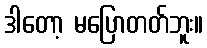
ဒါတော့ မပြောတတ်ဘူး။